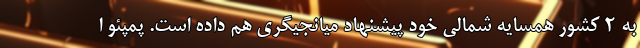
به 2 کشور همسایه شمالی خود پیشنهاد میانجیگری هم داده است. پمپئو ا